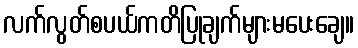
လက်လွတ်စပယ်ကတိပြုချက်များမပေးချေ။